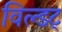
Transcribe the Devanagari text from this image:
विल्डट्